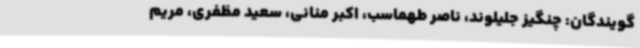
گویندگان: چنگیز جلیلوند، ناصر طهماسب، اکبر منانی، سعید مظفری، مریم